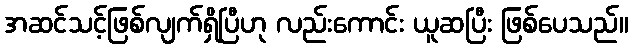
အဆင်သင့်ဖြစ်လျက်ရှိပြီဟု လည်းကောင်း ယူဆပြီး ဖြစ်ပေသည်။